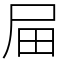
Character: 屇